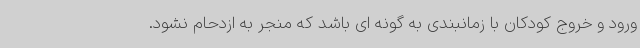
ورود و خروج کودکان با زمانبندی به گونه ای باشد که منجر به ازدحام نشود.